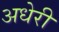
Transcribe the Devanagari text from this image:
अधेरी